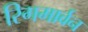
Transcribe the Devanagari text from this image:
रिगमार्वन